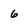
Character: 6